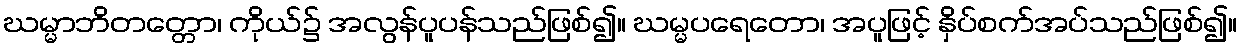
ဃမ္မာဘိတတ္တော၊ ကိုယ်၌ အလွန်ပူပန်သည်ဖြစ်၍။ ဃမ္မပရေတော၊ အပူဖြင့် နှိပ်စက်အပ်သည်ဖြစ်၍။